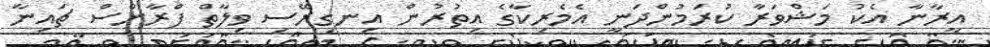
އީރާނާ އެކު މަޝްވަރާ ކުރަމުންދަނީ އެމެރިކާގެ އިތުރުން އިނގިރޭސި ވިލާތް ފްރާންސް ޗައިނާ